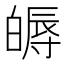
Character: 𤾖